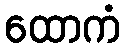
ထောကံ